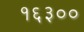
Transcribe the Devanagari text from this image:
१६३००